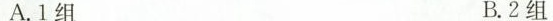
A.1组 B.2组